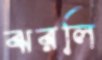
ঝরলি